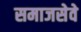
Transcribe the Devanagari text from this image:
समाजसेवे